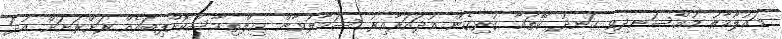
މައުލޫމާތު މުއްސަނދިވި ހަނދު ކޭތައާ ގުޅިގެން އުދައަރާއިރު ސަމާލުވާން އިލްތިމާސްކޮށްފިބައެއް ރަށްރަށަށް އުދަ